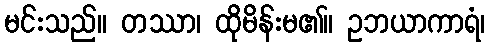
မင်းသည်။ တဿာ၊ ထိုမိန်းမ၏။ ဥဘယာကာရံ၊